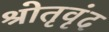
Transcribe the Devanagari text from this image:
श्रोतृवृंद